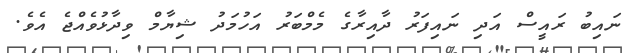
ނައިބު ރައީސް އަދި ނައިފަރު ދާއިރާގެ މެމްބަރު އަހުމަދު ޝިޔާމް ވިދާޅުވެއްޖެ އެވެ.